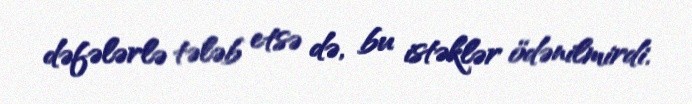
dəfələrlə tələb etsə də, bu istəklər ödənilmirdi.